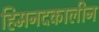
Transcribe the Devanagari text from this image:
हिमनदकालीन